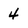
Character: 4